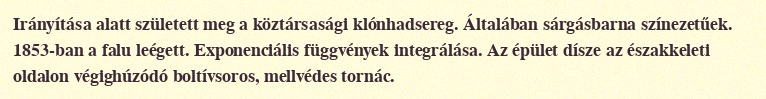
Irányítása alatt született meg a köztársasági klónhadsereg. Általában sárgásbarna színezetűek. 1853-ban a falu leégett. Exponenciális függvények integrálása. Az épület dísze az északkeleti oldalon végighúzódó boltívsoros, mellvédes tornác.